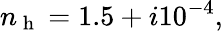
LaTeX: n_{\mathrm{~h~}}=1.5+i10^{-4},